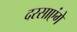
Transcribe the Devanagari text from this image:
दरसाएंगे